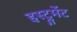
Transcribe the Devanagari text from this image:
इस्ट्रुमेंट